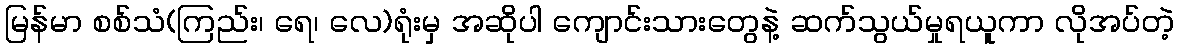
မြန်မာ စစ်သံ(ကြည်း၊ ရေ၊ လေ)ရုံးမှ အဆိုပါ ကျောင်းသားတွေနဲ့ ဆက်သွယ်မှုရယူကာ လိုအပ်တဲ့